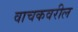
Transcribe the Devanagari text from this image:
वाचकवरील